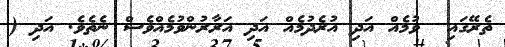
ތެރޭގައި  ވުމެއް އަދި އުރެދުމެއް އަދި އަރާރުންވުމެއްވެސް ނެތެވެ. އަދި (